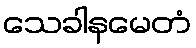
သေခါနမေတံ